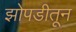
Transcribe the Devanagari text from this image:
झोपडीतून